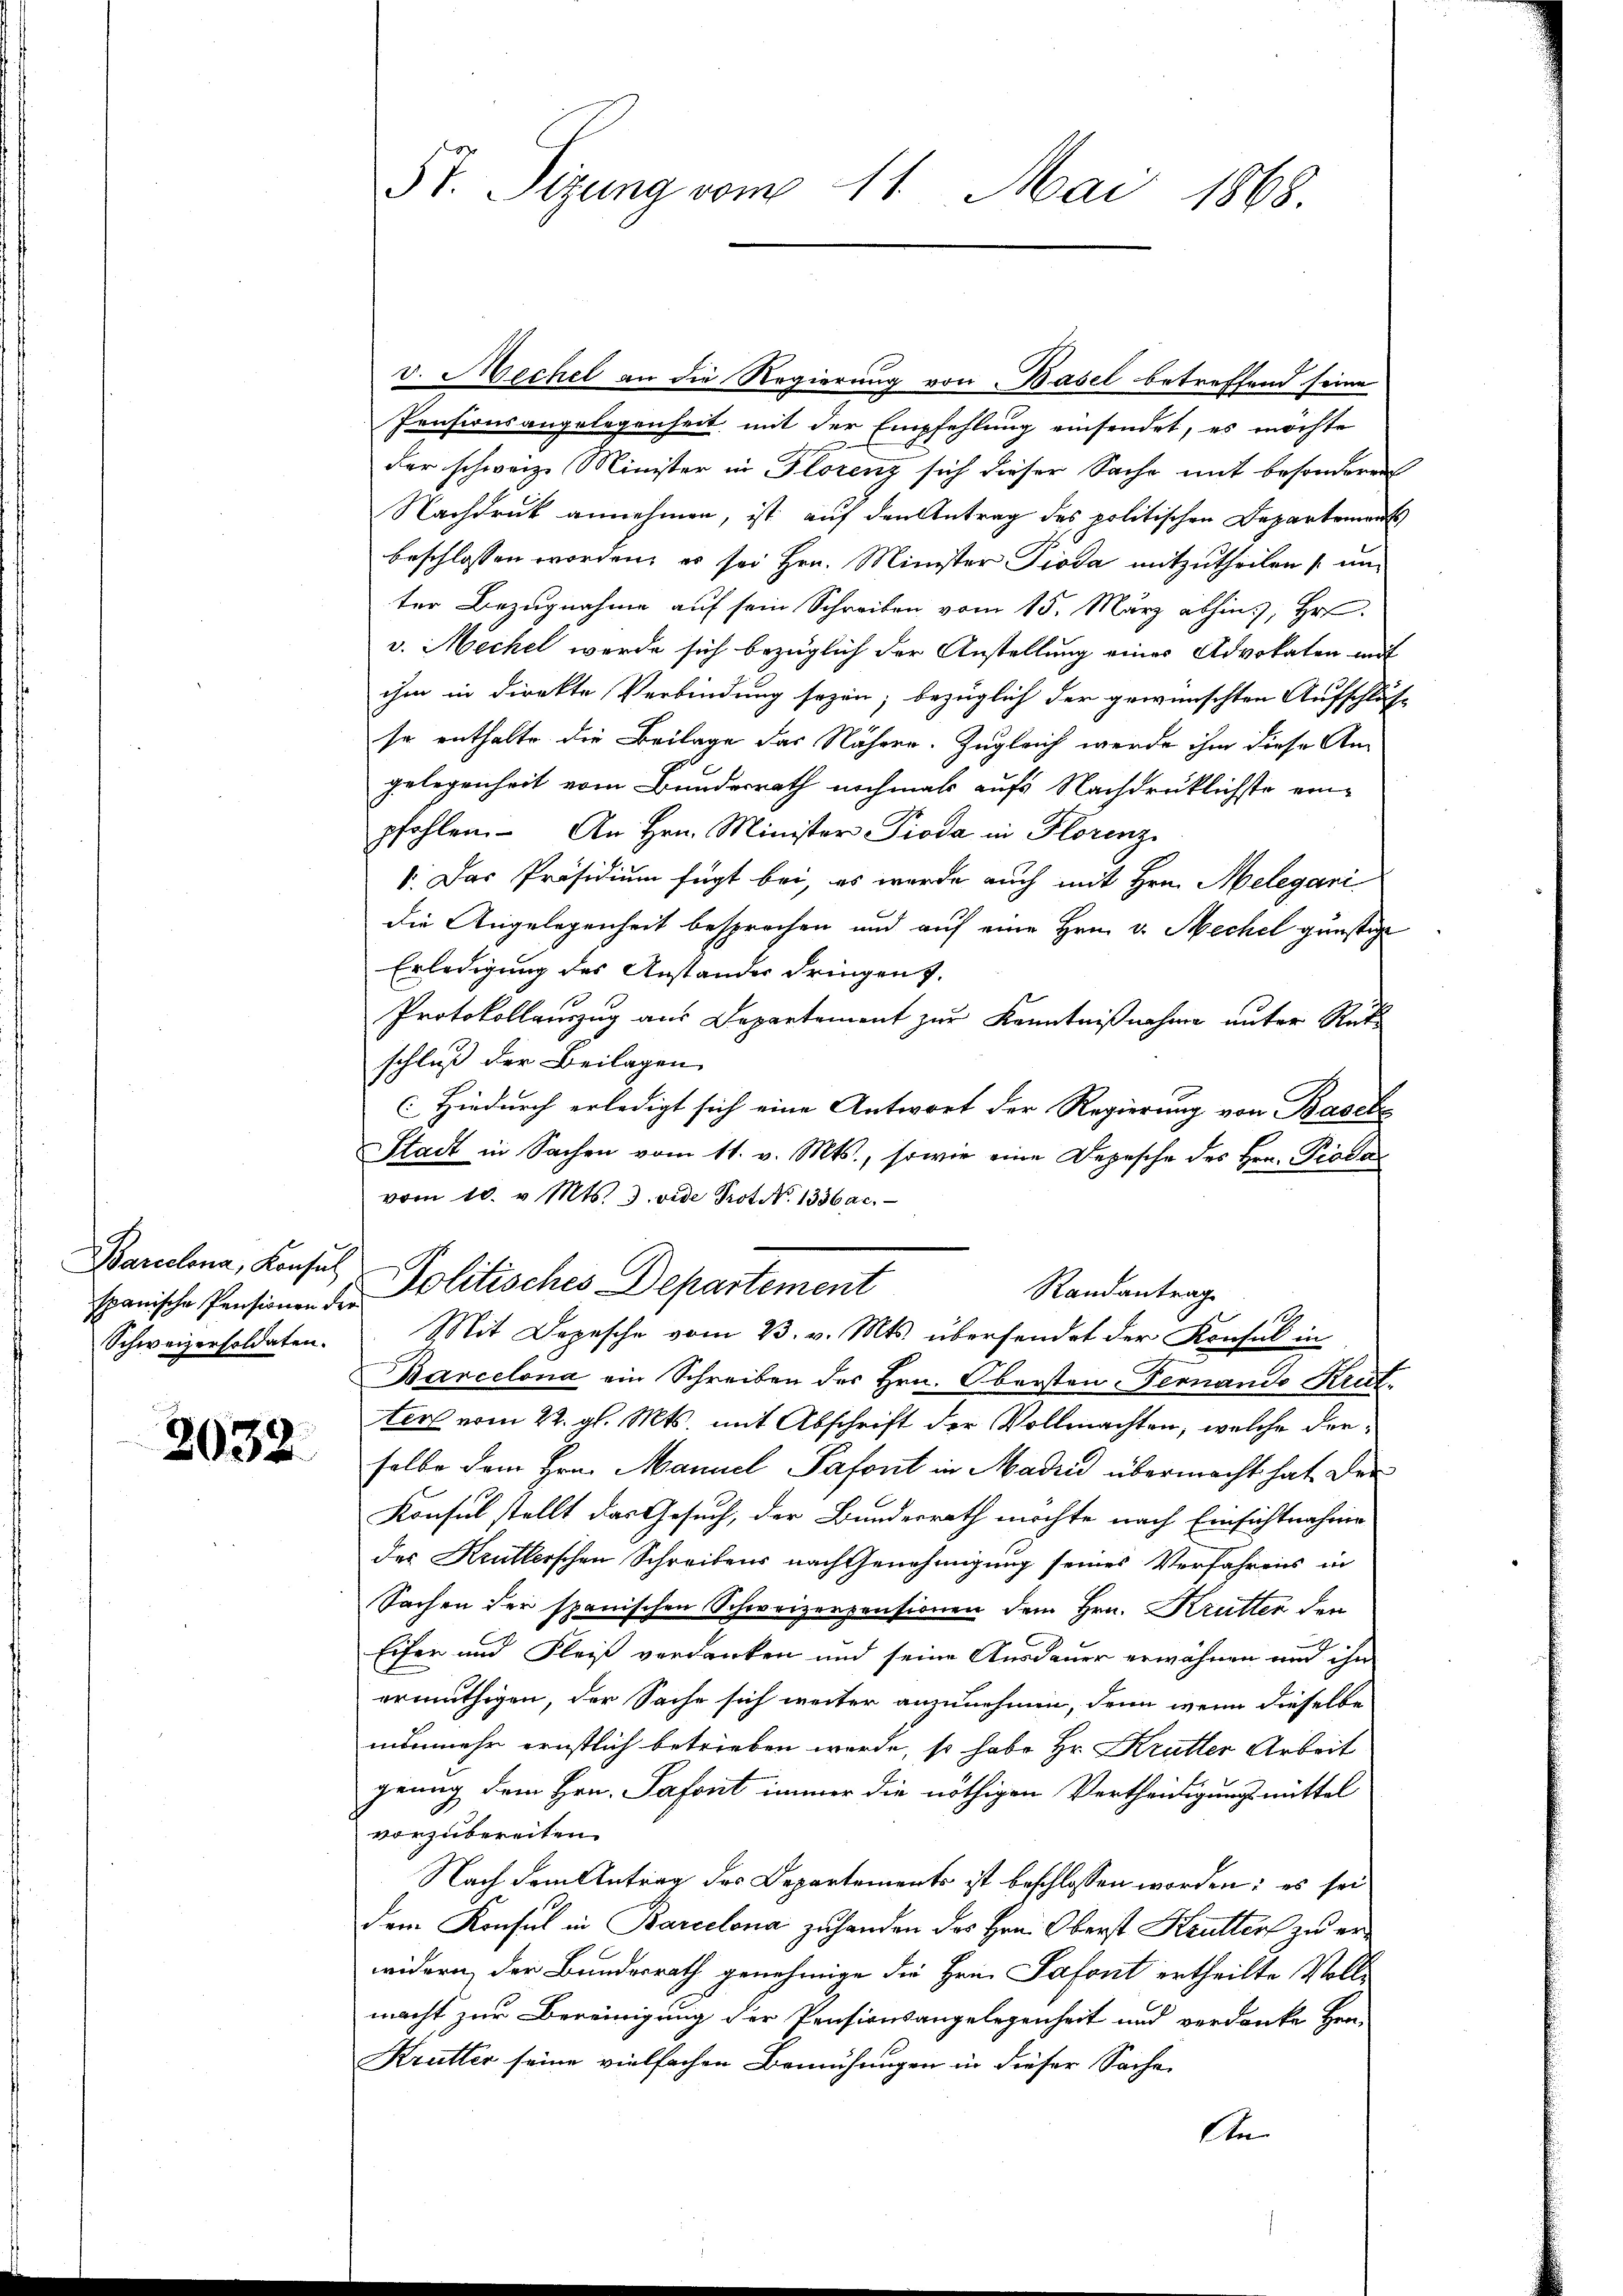
Barcelena, Konsul

2032.

v. Mechel an die Regierung von Basel betreffend seine
Prasionsangelegenheit mit der Empfehlung einsendet, es möchte
der schweiz. Minister in Florenz sich dieser Sache mit besonderen
Nachdruck annehmen, ist auf den Antrag des politischen Departements
beschlossen worden, es sei Hrn. Minister Pioda mitzutheilen (unter Bezugnahme auf sein Schreiben vom 15. März abhin, Hr.
v. Mechel werde sich bezüglich der Anstellung eines Advokaten mit
ihm in direkte Verbindung seyen; bezüglich der gewünschten Aufschluss
se enthalte die Beilage das Nähern. Zugleich werde ihm diese An
gelegenheit vom Bundesrath nochmals aufs Nachdrücklichste einpfohlen. An Hrn. Minister Pioda in Florenz
. Das Präsidium fügt bei, es werde auch mit Hrn. Melegari
die Angelegenheit besprochen und auf eine Hrn. v. Mechel günstige
Erledigung des Anstandes dringen.
Protokollauszug aus Departement zur Kenntnißnahme unter Rückschluß der Beilagen
Hiedurch erledigt sich eine Antwort der Regierung von Basch
Stadt in Sachen vom 11. v. Mts., sowie eine Depesche des Hrn. Piodavom 10. v. Mts. 3. vide Prot. No. 1336ac.

57. Sizung vom 11. Mai 1868.

Randantrag
spanische Pensionen den Politisches Departement
Schweizersoldaten. Mit Depesche vom 23. v. Mts. übersendet der Konsul in
Barcelona ein Schreiben des Hrn. Obersten-Fernando Kust¬

terl vom 22. gl. Mts. mit Abschrift der Vollmachten, welche derselbe dem Hrn. Manuel Pafont in Madin übermacht hat der
Konsul stellt das Gesuch, der Bundesrath möchte nach Einsichtnahme
des Krütterschen Schreibens nach Genehmigung seines Verfahrens in
Sachen der spanischen Schweizerpensionen dem Hrn. Krütter den
2
Eifer und Fleiß verdanken und seine Ausdauer erwähnen und ihn
ermuthigen, der Sache sich weiter anzunehmen, denn wenn dieselbe
nunmehr ernstlich betrieben werde, so habe Hr. Krutter Arbeit
 x
genug dem Hrn. Safont immer die nöthigen Vertheidigungsmittel
vorzubereiten.
Nach dem Antrag des Departements ist beschlossen worden; es sei
dem Konsul in Barcelona zuhanden des Hrn. Oberst Krütters zu erwidern, der Bundesrath genehmige die Hrn. Safont ertheilte Vollmacht zur Bereinigung der Pensionsangelegenheit und verdanke Her-
Krutter seine vielfachen Bemühungen in dieser Sache
An